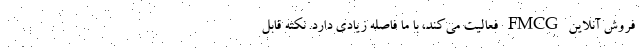
فروش آنلاین FMCG فعالیت می­کند، با ما فاصله زیادی دارد. نکته قابل